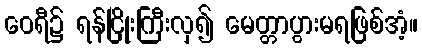
ဝေရီ၌ ရန်ငြိုးကြီးလှ၍ မေတ္တာပွားမရဖြစ်အံ့။